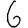
Digit: 6